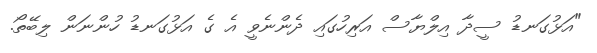
"އަޅުގަނޑު ސީދާ އިލްޔާސް އަރިހުގައި ދެންނެވީ އެ ގެ އަޅުގަނޑު ހުންނަން ލިބޭތޯ.